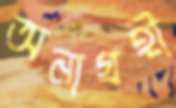
অনাগ্রহী